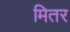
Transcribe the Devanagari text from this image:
मितर